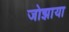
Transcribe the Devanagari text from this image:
जोझाया